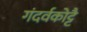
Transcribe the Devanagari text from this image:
गंदर्वकोट्टै